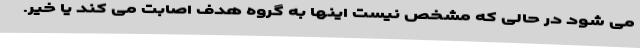
می شود در حالی که مشخص نیست اینها به گروه هدف اصابت می کند یا خیر.